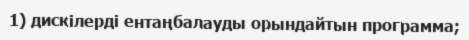
1) дискілерді ентаңбалауды орындайтын программа;